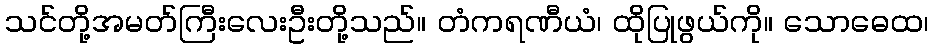
သင်တို့အမတ်ကြီးလေးဦးတို့သည်။ တံကရဏီယံ၊ ထိုပြုဖွယ်ကို။ သောဓေထ၊